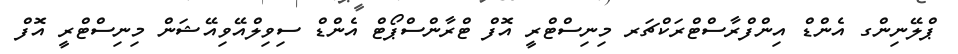
ޕްލޭނިންގ އެންޑް އިންފްރާސްޓްރަކްޗަރ މިނިސްޓްރީ އޮފް ޓްރާންސްޕޯޓް އެންޑް ސިވިލްއޭވިއޭޝަން މިނިސްޓްރީ އޮފް